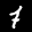
Label: 7